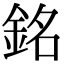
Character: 銘